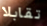
تقابلا